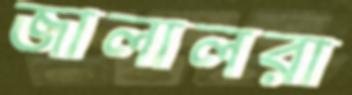
জালালরা